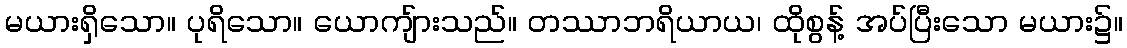
မယားရှိသော။ ပုရိသော။ ယောကျ်ားသည်။ တဿာဘရိယာယ၊ ထိုစွန့် အပ်ပြီးသော မယား၌။